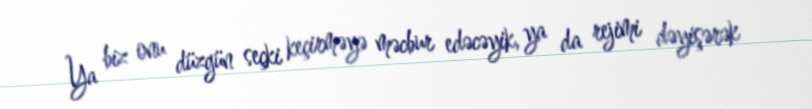
Ya biz onu düzgün seçki keçirməyə məcbur edəcəyik, ya da rejimi dəyişərək